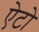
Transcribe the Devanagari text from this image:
ऐटो